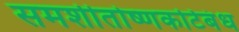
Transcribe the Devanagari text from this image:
समशीतोष्णकटिबंध